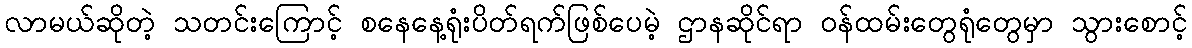
လာမယ်ဆိုတဲ့ သတင်းကြောင့် စနေနေ့ရုံးပိတ်ရက်ဖြစ်ပေမဲ့ ဌာနဆိုင်ရာ ဝန်ထမ်းတွေရုံတွေမှာ သွားစောင့်